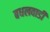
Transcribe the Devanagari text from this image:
बधलवाडी